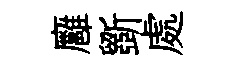
廱斵處